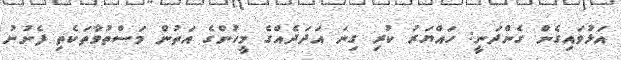
އަޅުވައިގެން ގެންދަނީ: ހައްޔަރު ކުރި ގިނަ އަދަދެއްގެ މީހުންގެ އަތުން މަސްތުވާތަކެތި ފެނުނު